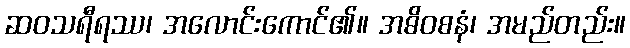
ဆဝသရီရဿ၊ အလောင်းကောင်၏။ အဓိဝစနံ၊ အမည်တည်း။